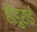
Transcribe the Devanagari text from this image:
होंडुराई